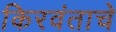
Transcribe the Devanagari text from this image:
किरवंताचे